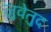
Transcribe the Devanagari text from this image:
जुवेतुद